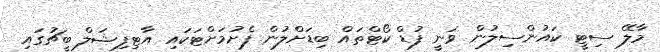
މާލޭ ސިޓީ ކައުންސިލުން ވަނީ ފުޑް ކޯޓްތައް ބިޑަށްލުން ފެށުމަށްޓަކައި އާޓިފިޝަލް ބީޗުގައި